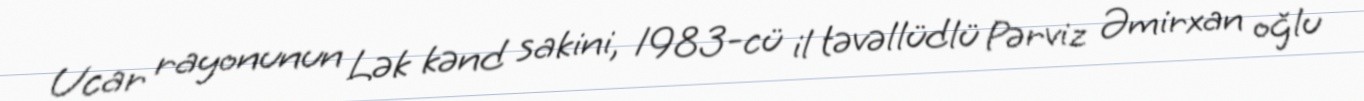
Ucar rayonunun Lək kənd sakini, 1983-cü il təvəllüdlü Pərviz Əmirxan oğlu